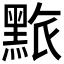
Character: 𪑄